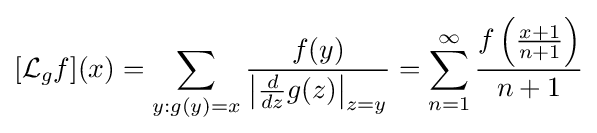
[{\mathcal {L}}_{g}f](x)=\sum _{y:g(y)=x}{\frac {f(y)}{\left|{\frac {d}{dz}}g(z)\right|_{z=y}}}=\sum _{n=1}^{\infty }{\frac {f\left({\frac {x+1}{n+1}}\right)}{n+1}}